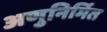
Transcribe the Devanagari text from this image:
अणुनिर्मित